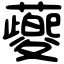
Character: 䕫